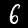
Label: 6